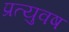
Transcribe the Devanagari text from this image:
प्रत्युवष